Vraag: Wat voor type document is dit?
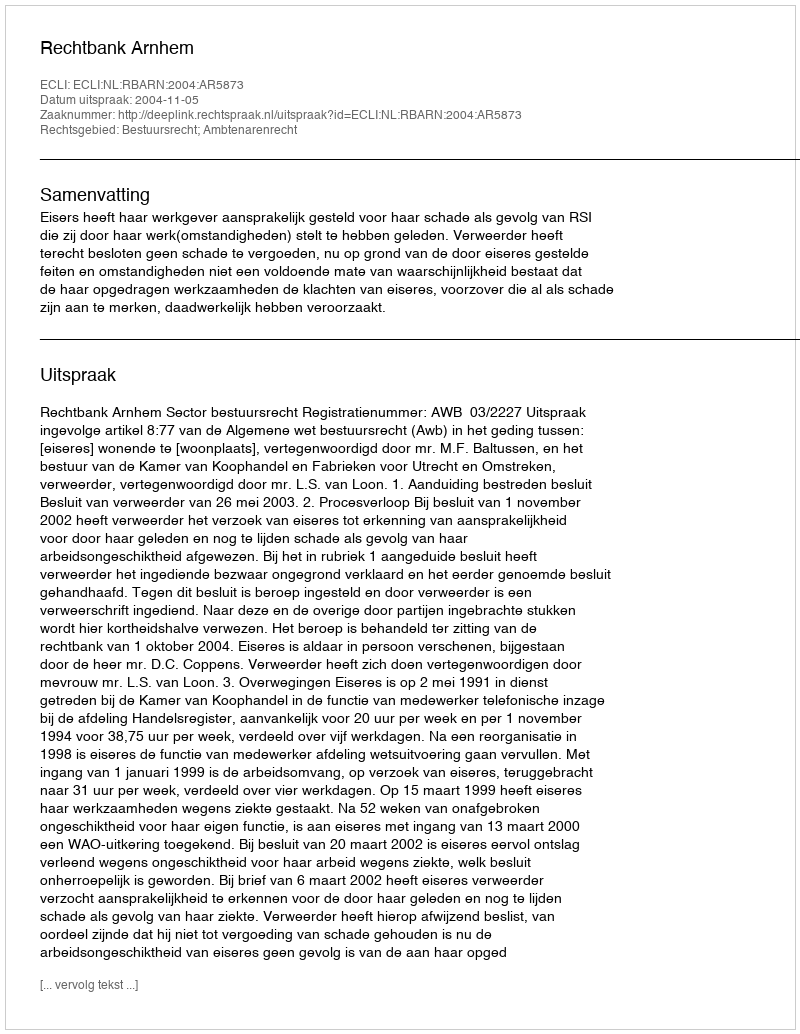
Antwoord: Uitspraak